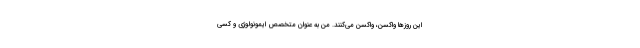
این روزها واکسن، واکسن می‌کنند. من به عنوان متخصص ایمونولوژی و کسی